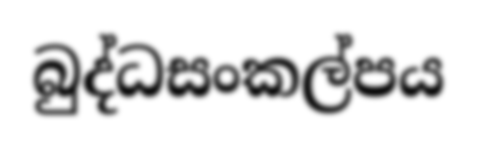
බුද්ධසංකල්පය